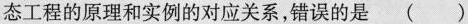
态工程的原理和实例的对应关系，错误的是 （）